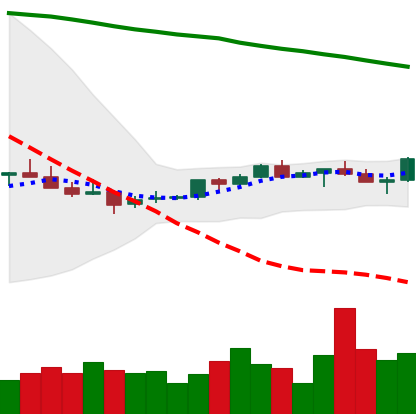
Ticker: XMR-USD
Chart end date: 2022-07-14
Forward return: 9.878%
Label: up_7plus